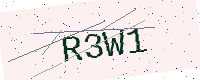
Text: R3W1